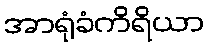
အာရုံခံကိရိယာ